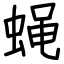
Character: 蝇